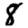
Digit: 8